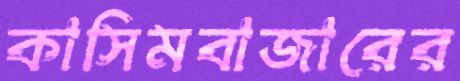
কাসিমবাজারের